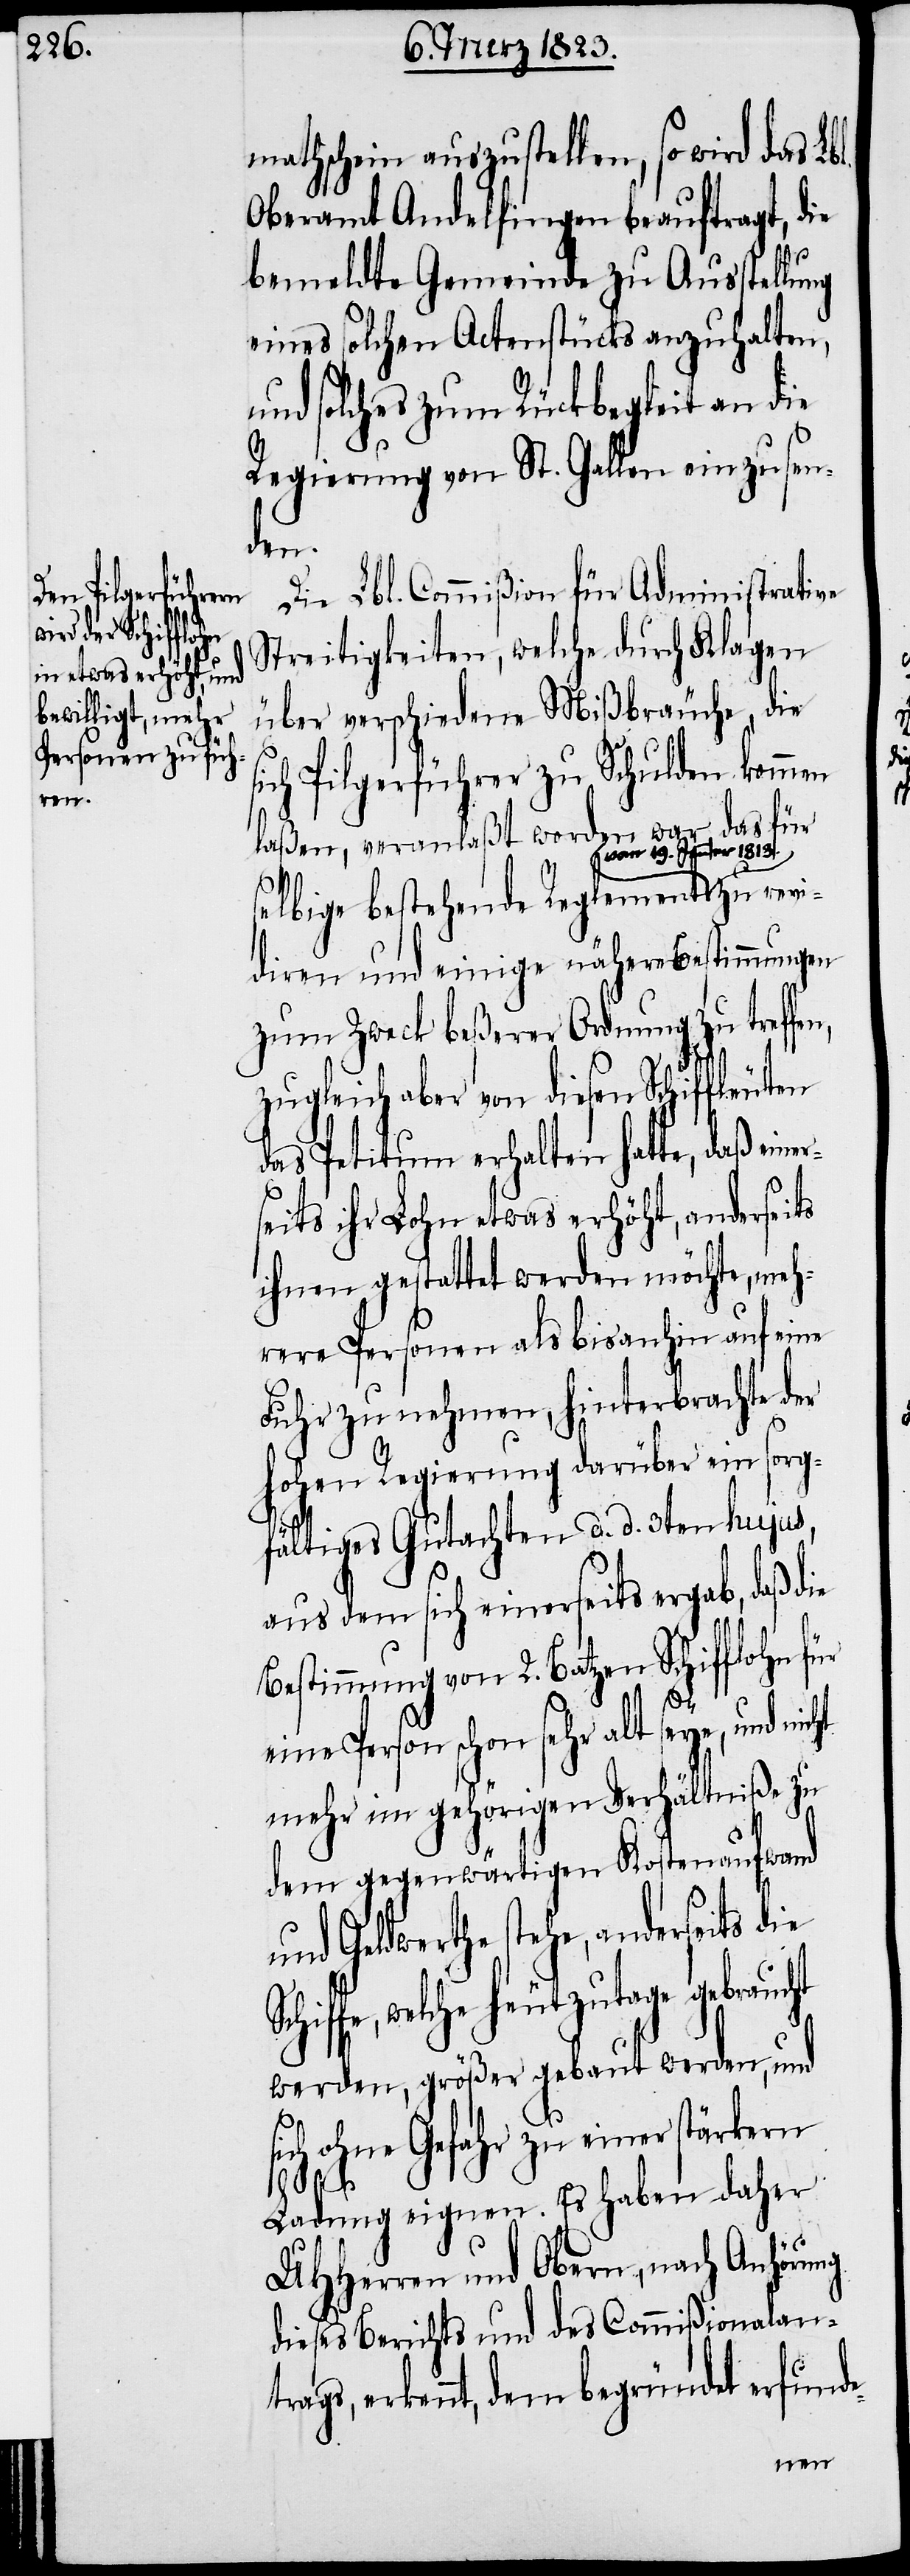
mathschein auszustellen, so wird das Lbl.
Oberamt Andelfingen beauftragt, die
bemeldte Gemeinde zu Ausstellung
eines solchen Actenstücks anzuhalten,
und solches zum Rückbegleit an die
Regierung von St. Gallen einzusen¬
den.
Die Lbl. Commißion für Administrative
Streitigkeiten, welche durch Klagen
über verschiedene Mißbräuche, die
e-
ich Pilgerführer zu Schulden kommen
laßen, veranlaßt worden war, das für
Jenner 1813.
die Sc¬
selbige bestehende Reglement vom
diren und einige nähere Bestimmungen
zum Zweck beßerer Ordnung zu treffen,
zugleich aber von diesen Schiffle¬
das Petitum erhalten hatte, daß einer¬
seits ihr Lohn etwas erhöht, anderseits
ihnen gestattet werden möchte, meh¬
rere Personen als bisanhin auf eine
Fuhr zu nehmen, hinterbrachte der
hohen Regierung darüber ein sor¬
gfältiges Gutachten d. d. 3ten hujus,
aus dem sich einerseits ergab, daß
Bestimmung von 2. Batzen Schifflohn für
eine Person schon sehr alt seye, und nicht
mehr im gehörigen Verhältniße zu
dem gegenwärtigen Kostenaufwand
und Geldwerthe stehe, anderseits
hiffe, welche heutzutage gebraucht
ng
werden, größer gebaut werden, und
sich ohne Gefahr zu einer stärkern
trags,
Ladung eignen. Es haben daher
UHHerren und Obern, nach Anhöru¬
dieses Berichts und des Commißionalan¬
erkennt, dem begründet erfund¬
uten